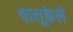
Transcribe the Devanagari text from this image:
चालूकेले